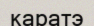
каратэ